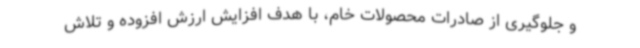
و جلوگیری از صادرات محصولات خام، با هدف افزایش ارزش افزوده و تلاش